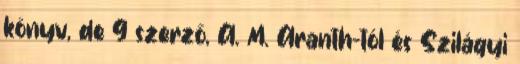
könyv, de 9 szerző, A. M. Aranth-tól és Szilágyi